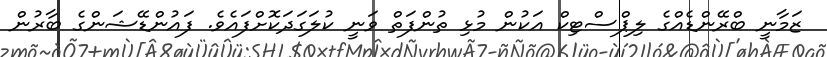
ޒަމާނީ ބްރޭންޑެއްގެ ލިޕްސްޓިކް އަކުން މުޅި ތުންފަތް ވަނީ ކުލަގަދަކޮށްފައެވެ. ފައުންޑޭޝަންގެ ބާރުން